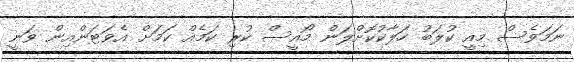
ނަމަވެސް މިއީ ކުލަބު ހަލާކުކޮށްލަން މޯއީސް ކުރި ކަމެއް ކަމަށް އެވަޓަންއިން ވަނީ